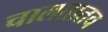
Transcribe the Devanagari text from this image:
चालतातच